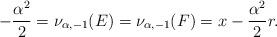
LaTeX: \begin{align*} -\frac{\alpha^2}{2} = \nu_{\alpha, -1}(E) = \nu_{\alpha, -1}(F) = x - \frac{\alpha^2}{2}r. \end{align*}